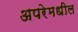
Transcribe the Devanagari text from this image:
अपरेमधील